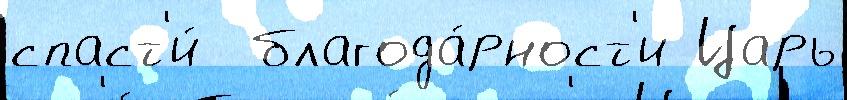
спаст'и́  благода́рност'и Царь